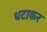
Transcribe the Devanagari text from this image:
धटाकर